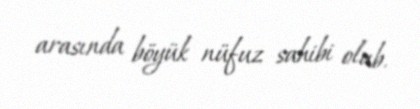
arasında böyük nüfuz sahibi olub.